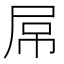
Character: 屌